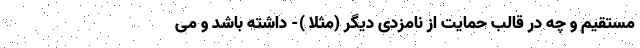
مستقیم و چه در قالب حمایت از نامزدی دیگر (مثلا )- داشته باشد و می